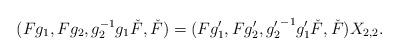
LaTeX: \begin{align*} (Fg_1,Fg_2,g_2^{-1}g_1\check{F},\check{F})&=(Fg_1',Fg_2',{g_2'}^{-1}g_1'\check{F},\check{F}) X_{2,2}. \end{align*}